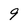
Character: 9